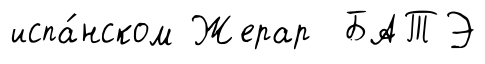
испа́нском Жерар БАТЭ